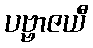
ပဗ္ဗာဇယီ